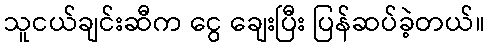
သူငယ်ချင်းဆီက ငွေ ချေးပြီး ပြန်ဆပ်ခဲ့တယ်။